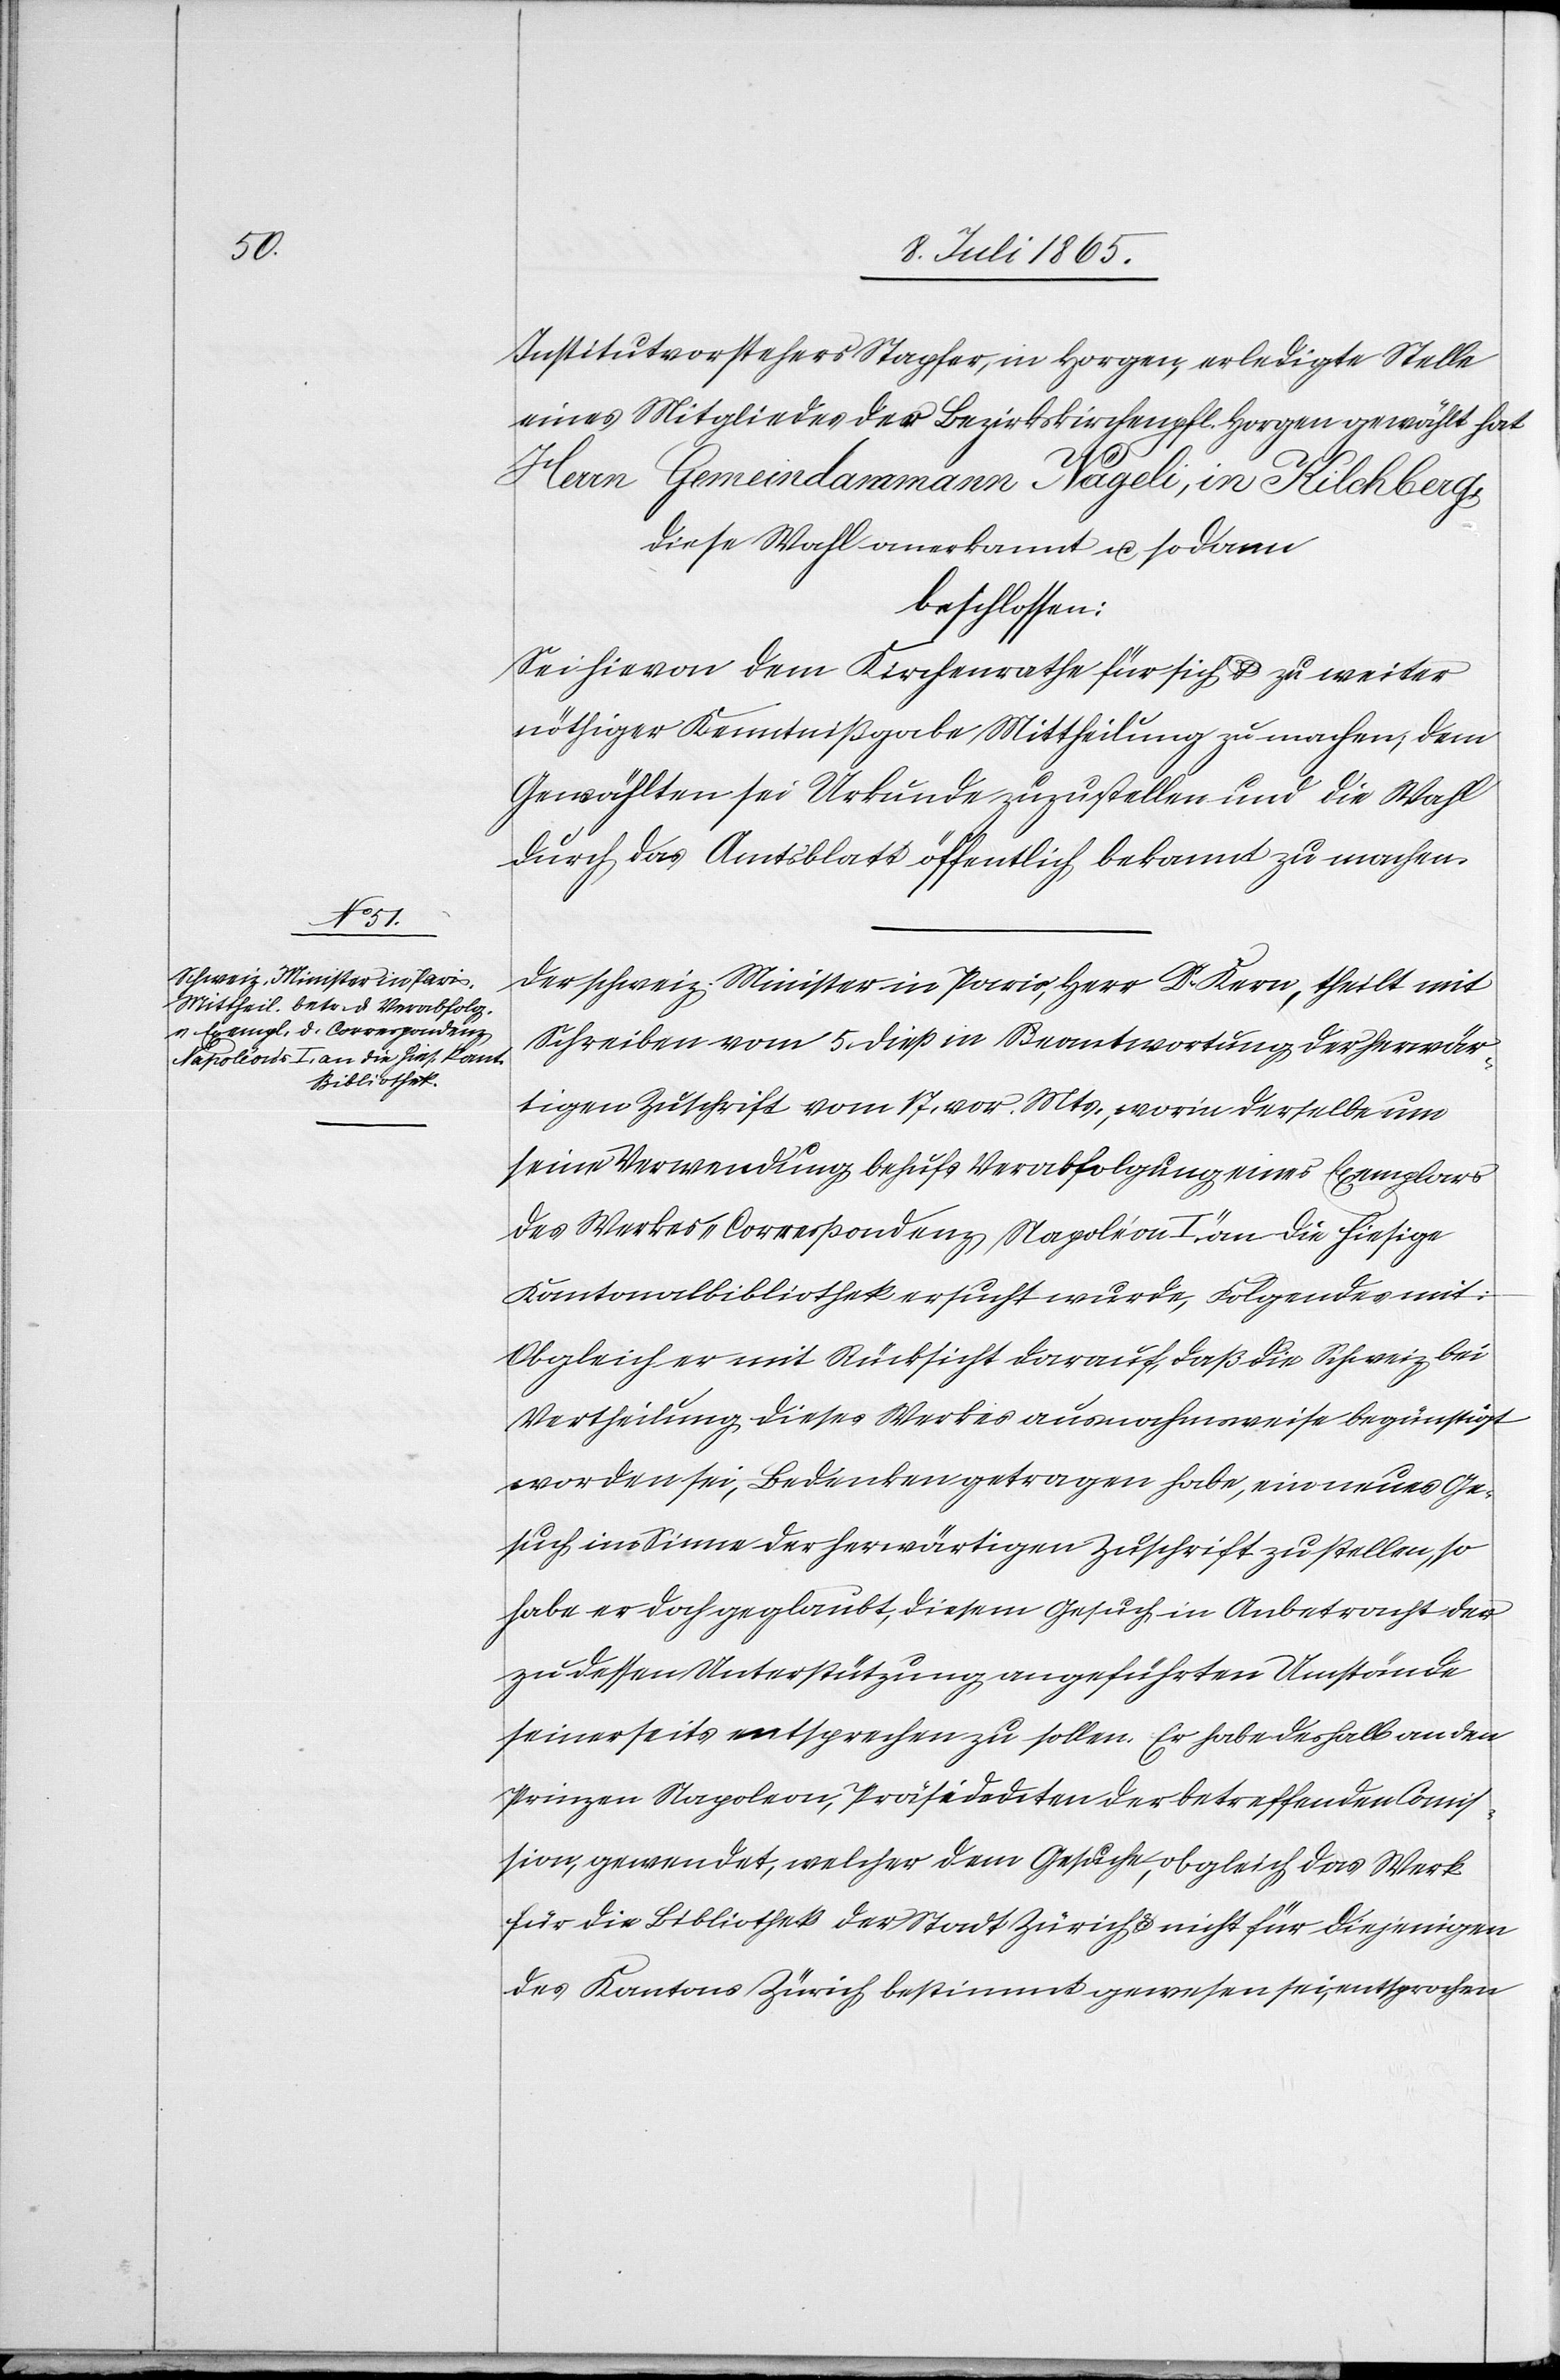
Institutvorstehers Stapfer, in Horgen, erledigte Stelle
eines Mitgliedes der Bezirkskirchenpfl. Horgen gewählt hat
Herrn Gemeindammann Nägeli, in Kilchberg,
diese Wahl anerkannt u. sodann
beschlossen:
Sei hievon dem Kirchenrathe für sich u. zu weiter
nöthiger Kenntnißgabe Mittheilung zu machen, dem
Gewählten sei Urkunde zuzustellen und die Wahl
durch das Amtsblatt öffentlich bekannt zu machen.